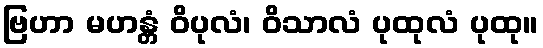
ဗြဟာ မဟန္တံ ဝိပုလံ၊ ဝိသာလံ ပုထုလံ ပုထု။